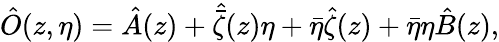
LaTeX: \hat{O}(z,\eta)=\hat{A}(z)+\hat{\bar{\zeta}}(z)\eta+\bar{\eta}\hat{\zeta}(z)+\bar{\eta}\eta\hat{B}(z),